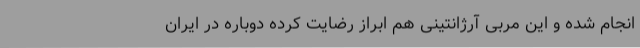
انجام شده و این مربی آرژانتینی هم ابراز رضایت کرده دوباره در ایران